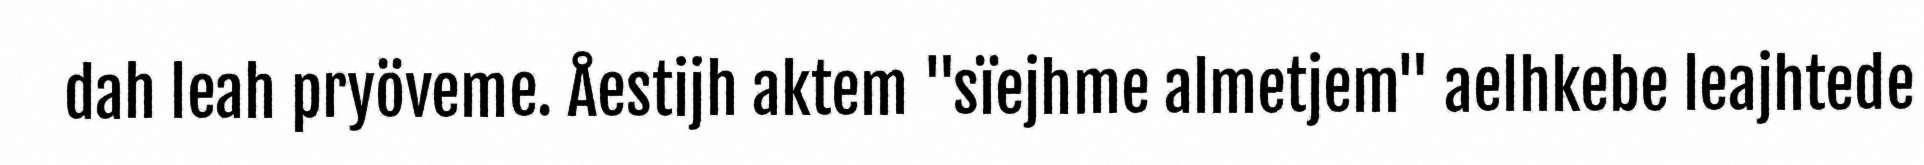
dah leah pryöveme. Åestijh aktem "sïejhme almetjem" aelhkebe leajhtede